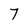
Character: 7